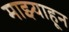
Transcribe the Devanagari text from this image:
माझ्याहून